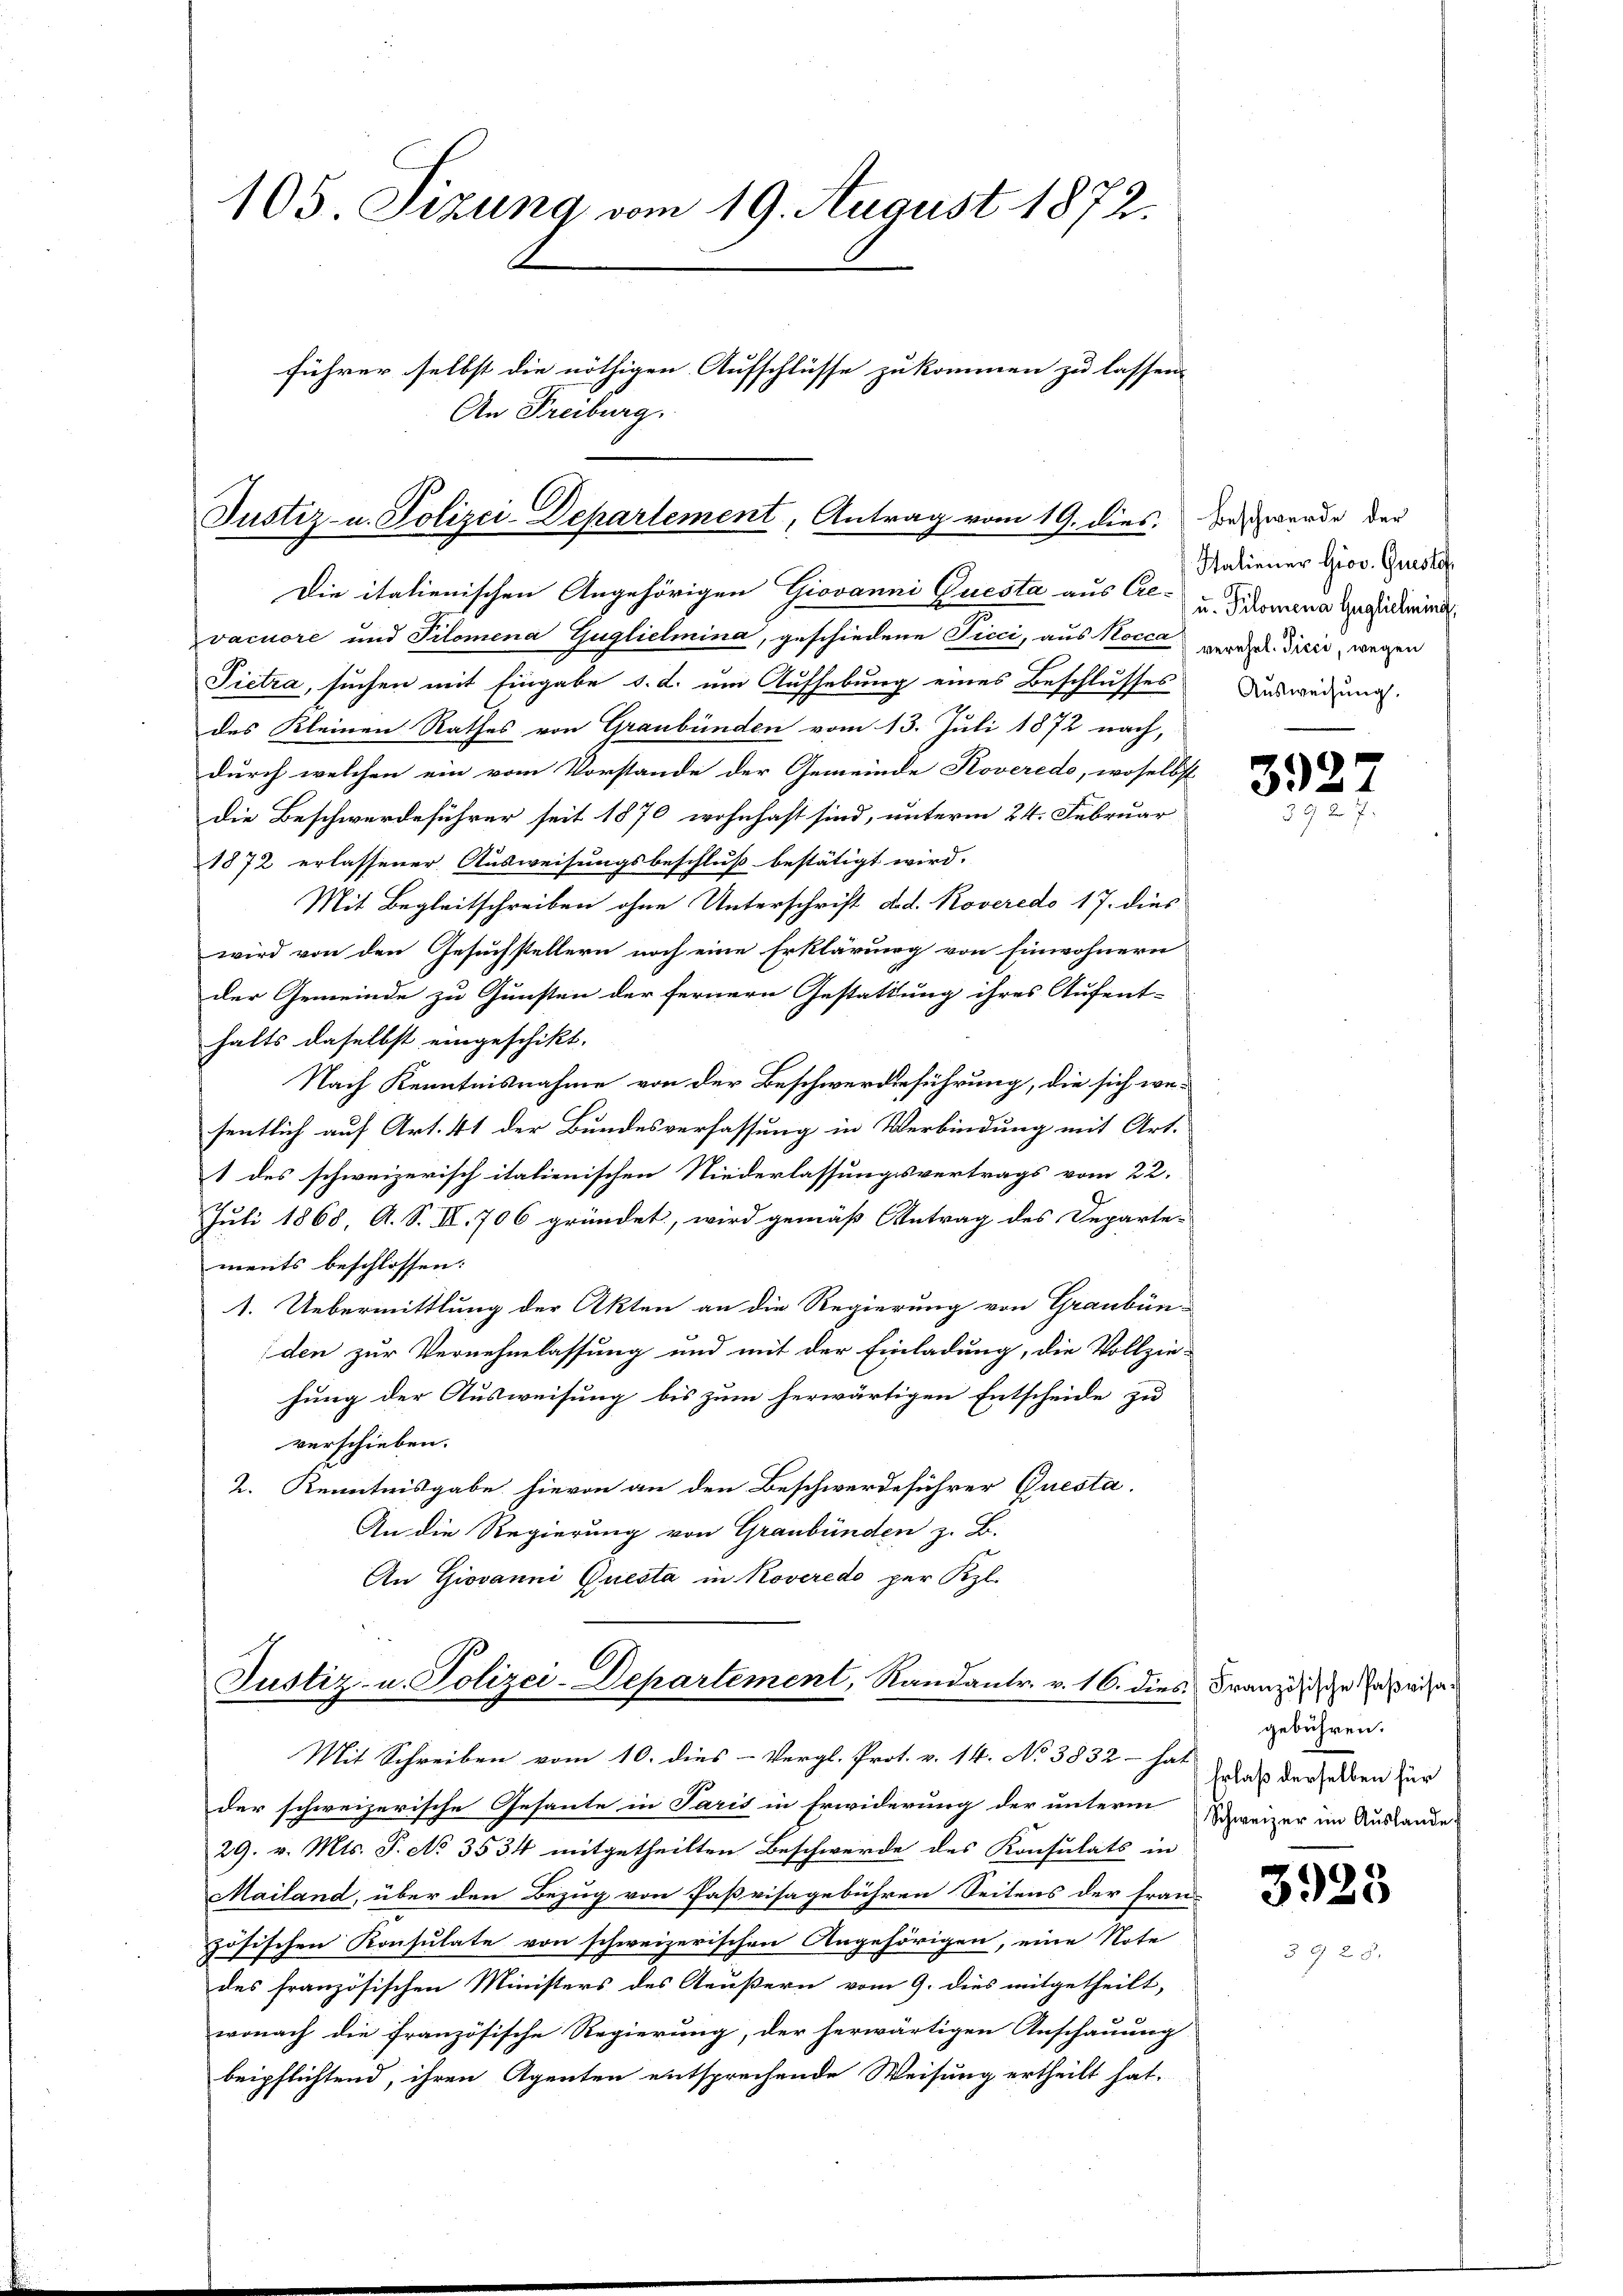
105. Sizung vom 19. August 1872.
führer selbst die nöthigen Aufschlüsse zukommen zu lassen.
An Freiburg.

Justiz- u. Polizei-Departement, Antrag vom 19. dies, zu werde der

Die italienischen Angehörigen Giovanni Questa aus Cre- u Gidomina Guglichemini
vacuore und Pilomena Guglielmina, geschiedene Ficci, aus Nocca verehel. Vicii, wegen
Pietra, suchen mit Eingabe d. d. um Aufhebung eines Beschlusses
des Kleinen Rathes von Graubünden vom 13. Juli 1872 nach,
durch welchen ein vom Vorstande der Gemeinde Koveredo, woselbst
die Beschwerdeführer seit 1870 wohnhaft sind, unterm 24. Februar
1872 erlassener Ausweisungsbeschluß bestätigt wird.
Mit Begleitschreiben ohne Unterschrift d.d. Roveredo 17. dies
wird von den Gesuchstellern noch eine Erklärung von Einwohnern
der Gemeinde zu Gunsten der fernern Gestattung ihres Aufent-
halts daselbst eingeschikt.
Nach Kenntnisnahme von der Beschwerdeführung, die sich wesentlich auf Art. 41 der Bundesverfassung in Verbindung mit Art.
1 des schweizerisch italienischen Niederlassungsvertrags vom 22.
Juli 1868, A. S. II. 706 gründet, wird gemäß Antrag des Departe-
ments beschlossen:
1. Uebermittlung der Akten an die Regierung von Graubünden zur Vernehmlassung und mit der Einladung, die Vollzie-
hung der Ausweisung bis zum herwärtigen Entscheide zu
verschieben.
2. Kenntnisgabe hievon an den Beschwerdeführer Questa
An die Regierung von Graubünden z. B.
An Giovanni Questa in Koveredo per Kzl.

Justiz- u. Polizei-Departement, Randantr. v. 16. dies Franzig in Inwie¬
Mit Schreiben vom 10. dies Vergl. Prot. v. 14. No 3832 - hat

Staliener Giov. Quisto
Ausweisung.

der schweizerische Gesante in Paris in Erwiderung der unterm Schweizer im Auslande
29. v. Mts. S. No 3534 mitgetheilten Beschwerde des Konsulats in
Mailand, über den Bezug von Paßvisagebühren Seitens der Fran
zösischen Konsulate von schweizerischen Angehörigen, eine Note
des französischen Ministers des Aeußern vom 9. dies mitgetheilt,
wonach die französische Regierung, der herwärtigen Anschauung
beipflichtend, ihren Agenten entsprechende Weisung ertheilt hat.

3927
.

gebühren.
Erlaß derselben für

3923